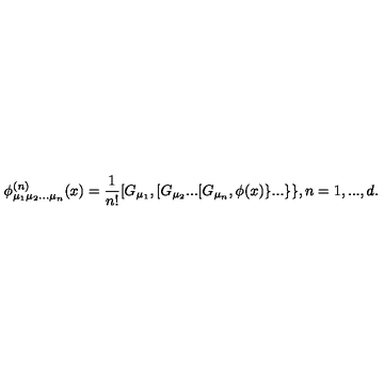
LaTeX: \phi _ { \mu _ { 1 } \mu _ { 2 } . . . \mu _ { n } } ^ { ( n ) } ( x ) = \frac { 1 } { n ! } [ G _ { \mu _ { 1 } } , [ G _ { \mu _ { 2 } } . . . [ G _ { \mu _ { n } } , \phi ( x ) \} . . . \} \} , n = 1 , . . . , d .